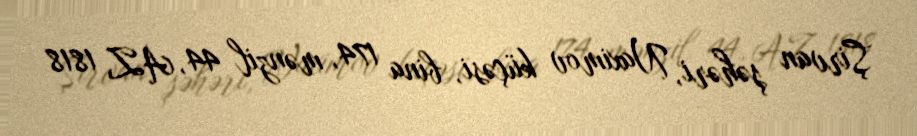
Şirvan şəhəri, Naximov küçəsi, bina 174, mənzil 44, AZ 1818